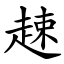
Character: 趚